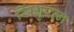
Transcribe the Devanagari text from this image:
सिंधुरत्न